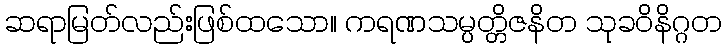
ဆရာမြတ်လည်းဖြစ်ထသော။ ကရဏသမ္ပတ္တိဇနိတ သုခဝိနိဂ္ဂတ